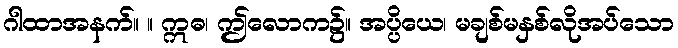
ဂါထာအနက်။ ။ ဣဓ၊ ဤလောက၌။ အပ္ပိယေ၊ မချစ်မနှစ်လိုအပ်သော